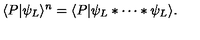
\langle P | \psi _ { L } \rangle ^ { n } = \langle P | \psi _ { L } * \cdots * \psi _ { L } \rangle .